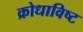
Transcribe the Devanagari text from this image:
क्रोधाविष्ट